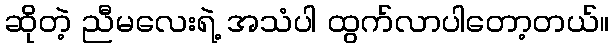
ဆိုတဲ့ ညီမလေးရဲ့ အသံပါ ထွက်လာပါတော့တယ်။